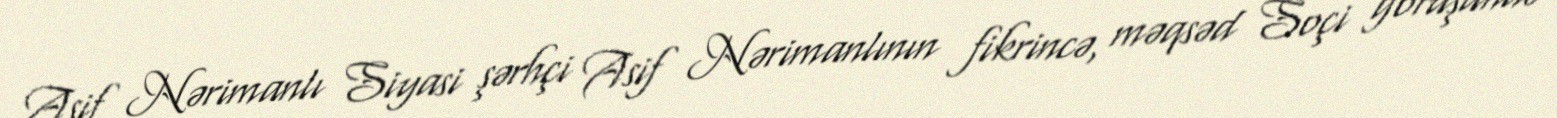
Asif Nərimanlı Siyasi şərhçi Asif Nərimanlının fikrincə, məqsəd Soçi görüşündə